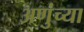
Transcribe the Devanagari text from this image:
अणुंच्या